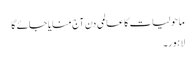
ماحولیات کا عالمی دن آج منایا جائے گا
لاہور۔